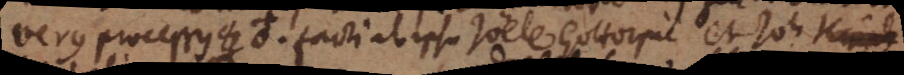
verus processus [_] ♁. Facti ab ipso Joële Gottorpie et Joh.